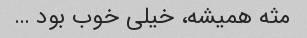
مثه همیشه، خیلی خوب بود …